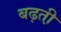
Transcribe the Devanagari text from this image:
बढ़ती़